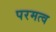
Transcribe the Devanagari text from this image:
परमत्व